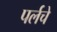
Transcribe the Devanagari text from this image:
पर्लचे